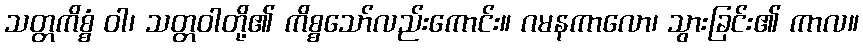
သတ္တကိစ္စံ ဝါ၊ သတ္တဝါတို့၏ ကိစ္စသော်လည်းကောင်း။ ဂမနကာလော၊ သွားခြင်း၏ ကာလ။